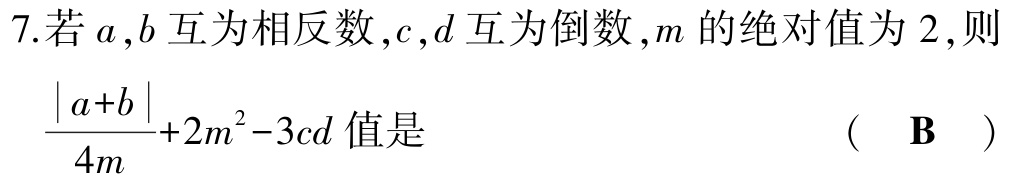
7.若\(a,b\)互为相反数，\(c,d\)互为倒数，\(m\)的绝对值为\(2\)，则\(\frac{\vert a + b\vert}{4m}+2m^{2}-3cd\)值是 （  \(\mathbf{B}\)  ）